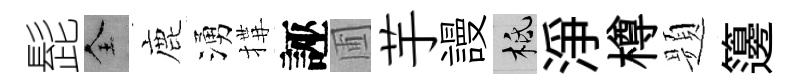
髭全鹿湧搆誣圃芋謾柢淨樽题籩